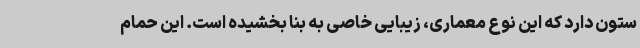
ستون دارد که این نوع معماری، زیبایی خاصی به بنا بخشیده است. این حمام